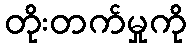
တိုးတက်မှုကို